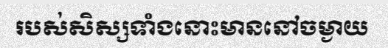
របស់សិស្សទាំងនោះមាននៅចម្ងាយ